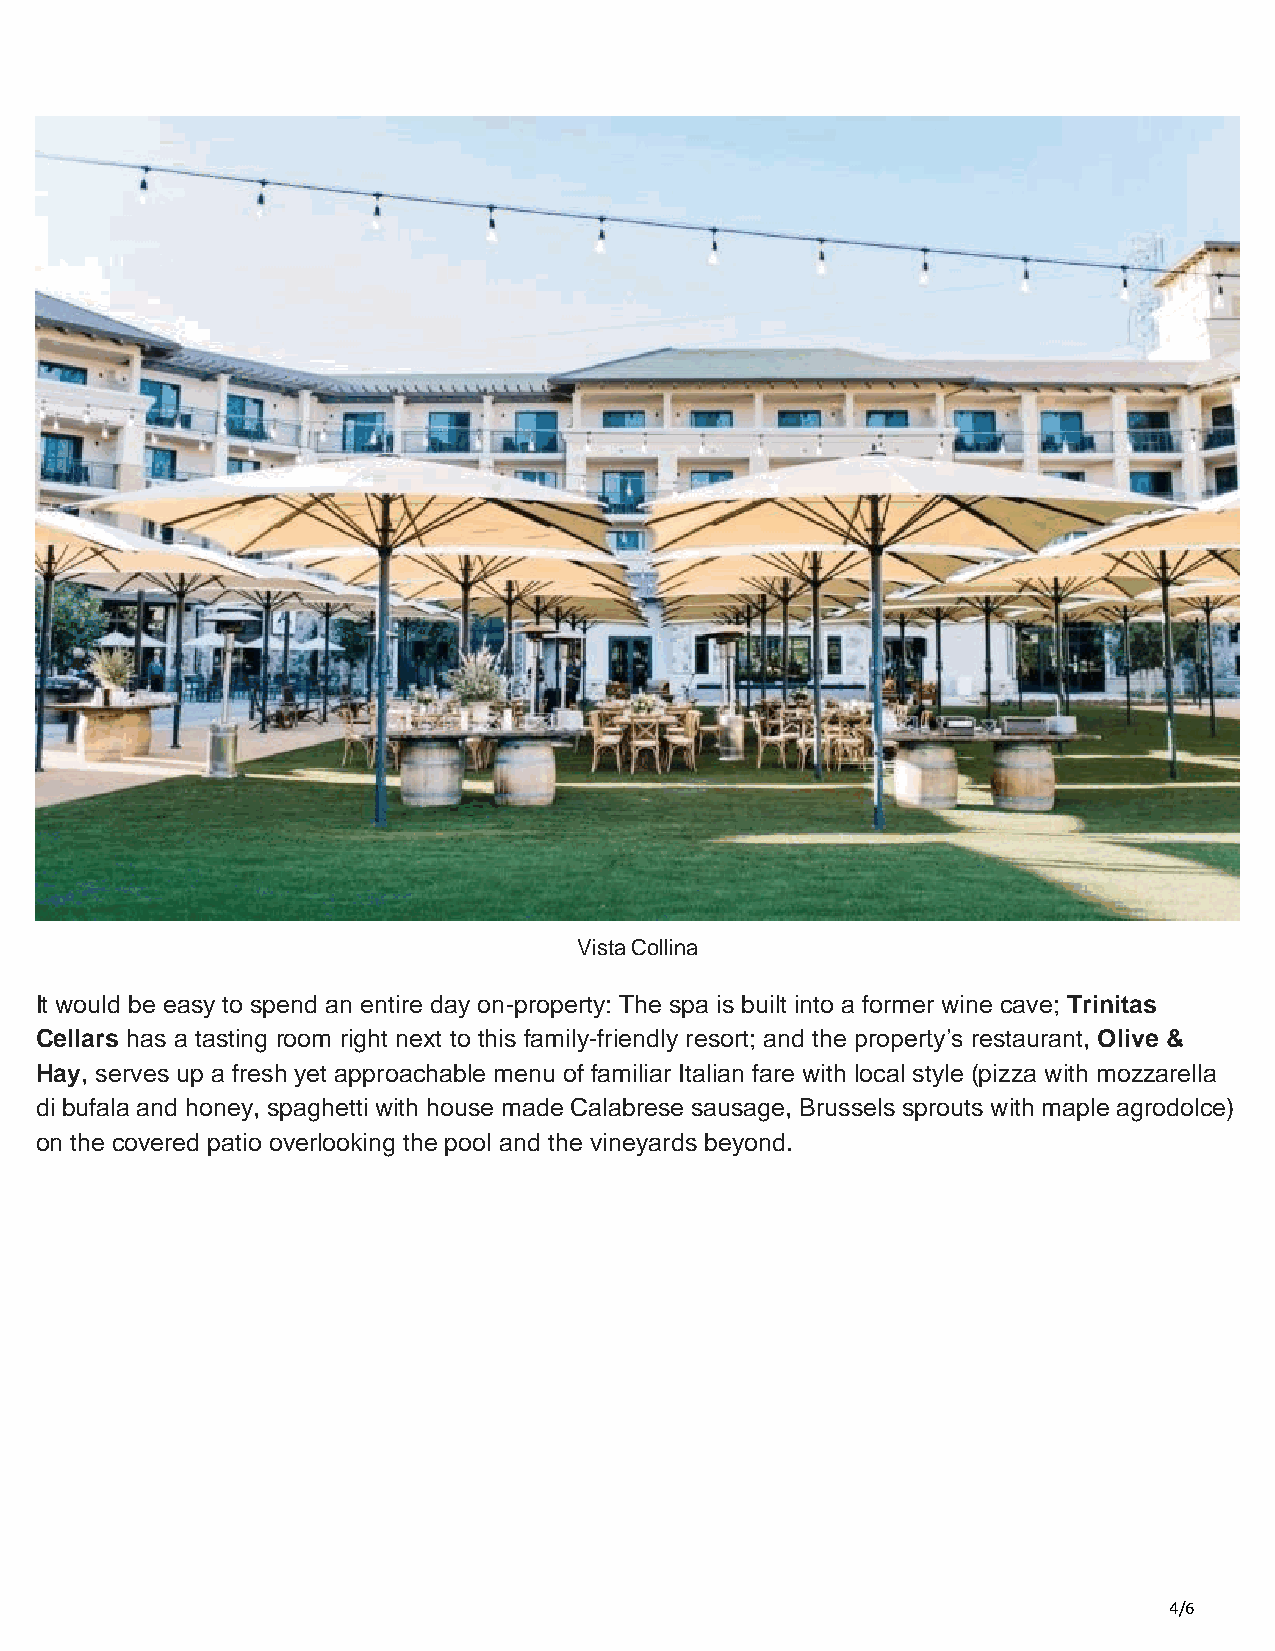
Vista Collina
 It would be easy to spend an entire day on-property: The spa is built into a former wine cave; Trinitas
 Cellars has a tasting room right next to this family-friendly resort; and the property’s restaurant, Olive &
 Hay, serves up a fresh yet approachable menu of familiar Italian fare with local style (pizza with mozzarella
 di bufala and honey, spaghetti with house made Calabrese sausage, Brussels sprouts with maple agrodolce)
 on the covered patio overlooking the pool and the vineyards beyond.
 4/6